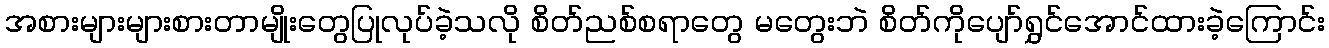
အစားများများစားတာမျိုးတွေပြုလုပ်ခဲ့သလို စိတ်ညစ်စရာတွေ မတွေးဘဲ စိတ်ကိုပျော်ရွှင်အောင်ထားခဲ့ကြောင်း